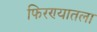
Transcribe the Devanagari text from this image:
फिरण्यातला